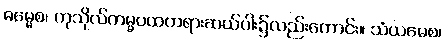
ဓမ္မေစ၊ ကုသိုလ်ကမ္မပထတရားဆယ်ပါး၌လည်းကောင်း။ သံယမေစ၊